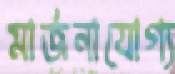
মার্জনাযোগ্য